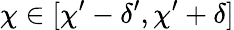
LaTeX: \chi\in[\chi^{\prime}-\delta^{\prime},\chi^{\prime}+\delta]